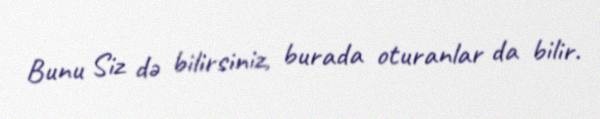
Bunu Siz də bilirsiniz, burada oturanlar da bilir.